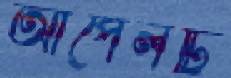
আপেলটি